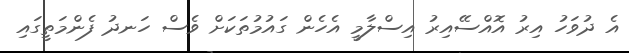
އެ ދުވަހު އިރު އޮއްސޭއިރު އިސްލާމީ އެހެން ގައުމުތަކަށް ވެސް ހަނދު ފެންމަތީގައި